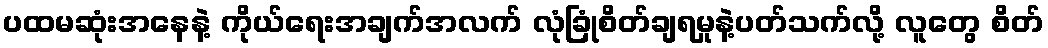
ပထမဆုံးအနေနဲ့ ကိုယ်ရေးအချက်အလက် လုံခြုံစိတ်ချရမှုနဲ့ပတ်သက်လို့ လူတွေ စိတ်